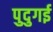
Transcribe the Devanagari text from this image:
पुदुगई